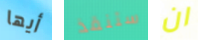
أيها ستنقذ ان